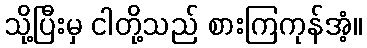
သို့ပြီးမှ ငါတို့သည် စားကြကုန်အံ့။